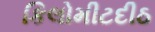
કિલોમીટદીઠ